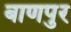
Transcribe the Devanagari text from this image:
बाणपुर